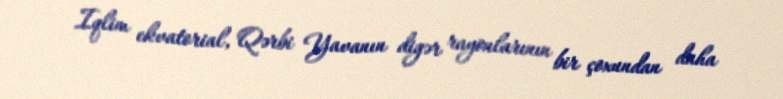
Iqlim ekvatorial, Qərbi Yavanın digər rayonlarının bir çoxundan daha